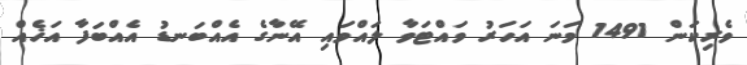
ވެރިކަން 1491 ވަނަ އަހަރު ވައްޓަވާ ލައްވައި އޭނާގެ އެއްބަނޑު އެއްބަފާ އަޚެއް